Vaccination Hyderabad 1872-1889 - 1872-1889
Year: 1872
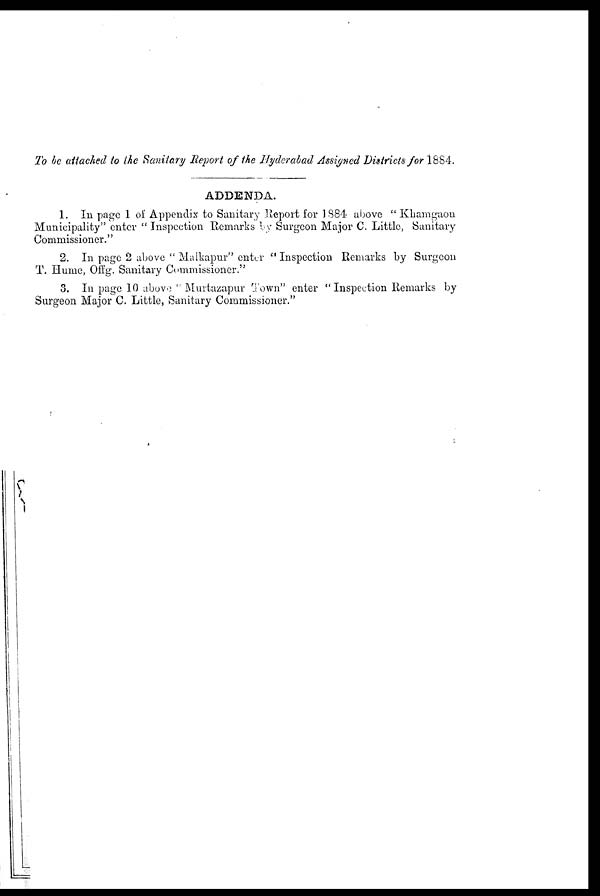
To be attached to the Sanitary Report of the Hyderabad Assigned Districts for 1884.
ADDENDA.
1. In page 1 of Appendix to Sanitary Report for 1884 above " Khamgaon
Municipality" enter " Inspection Remarks by Surgeon Major C. Little, Sanitary
Commissioner."
2. In page 2 above " Malkapur" enter " Inspection Remarks by Surgeon
T. Hume, Offg. Sanitary Commissioner."
3. In page 10 above " Murtazapur Town" enter "Inspection Remarks by
Surgeon Major C. Little, Sanitary Commissioner."